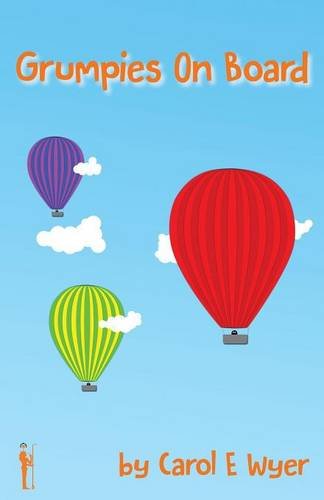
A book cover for Grumpies on Board; Carol E Wyer; Travel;